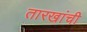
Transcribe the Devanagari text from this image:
तारखांची